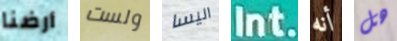
أرضنا ولست اليسا Int. أنه هل